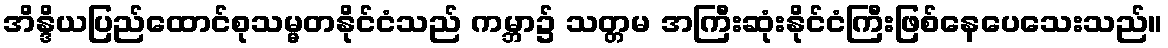
အိန္ဒိယပြည်ထောင်စုသမ္မတနိုင်ငံသည် ကမ္ဘာ၌ သတ္တမ အကြီးဆုံးနိုင်ငံကြီးဖြစ်နေပေသေးသည်။